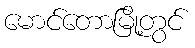
မောင်တောမြို့တွင်